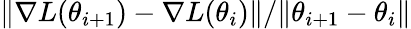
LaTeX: \| \nabla L(\theta_{i+1})-\nabla L(\theta_{i})\| /\| \theta_{i+1}-\theta_{i}\|